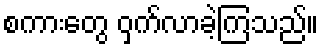
စကားတွေ ဝှက်လာခဲ့ကြသည်။